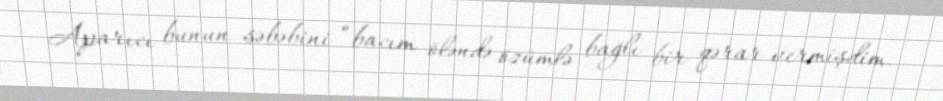
Aparıcı bunun səbəbini “bacım öləndə özümlə bağlı bir qərar vermişdim.